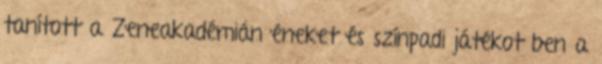
tanított a Zeneakadémián éneket és színpadi játékot ben a